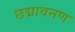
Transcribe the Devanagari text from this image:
छद्मावनण